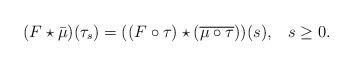
LaTeX: \begin{align*} (F\star \bar{\mu})(\tau_s)= ((F\circ \tau)\star (\overline{\mu \circ\tau}))(s),\;\;\; s\geq 0. \end{align*}